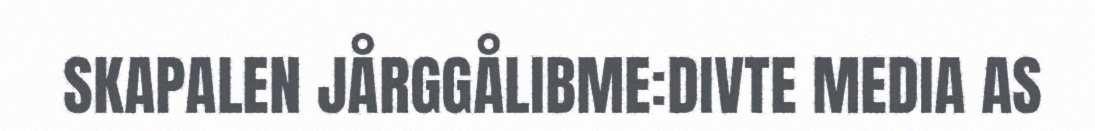
SKAPALEN JÅRGGÅLIBME:DIVTE MEDIA AS